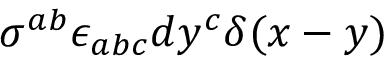
\sigma ^ { a b } \epsilon _ { a b c } d y ^ { c } \delta ( x - y )